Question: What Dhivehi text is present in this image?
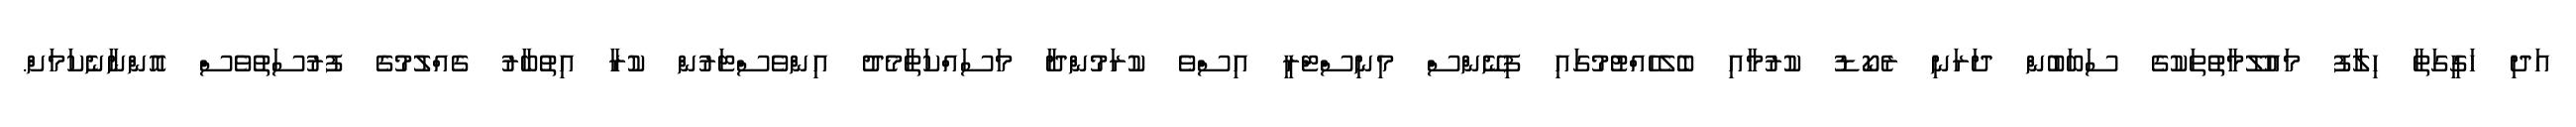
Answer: އަދި ހަގީގަތާ ހިލާފު މައުލޫމާތުތަކުގެ ސަބަބުން ދަރަނި ރެކޯޑު ކުރުމާއި ބެލެހެއްޓުމުގައި ފިނޭންސް މިނިސްޓްރީ އިސްވެ ކުރަމުންދާ މަސައްކަތާމެދު އިންވެސްޓަރުން ކުރާ އިތުބާރު ގެއްލުމުގެ ފުރުސަތުވެސް އޮންނާނެކަމަށް.